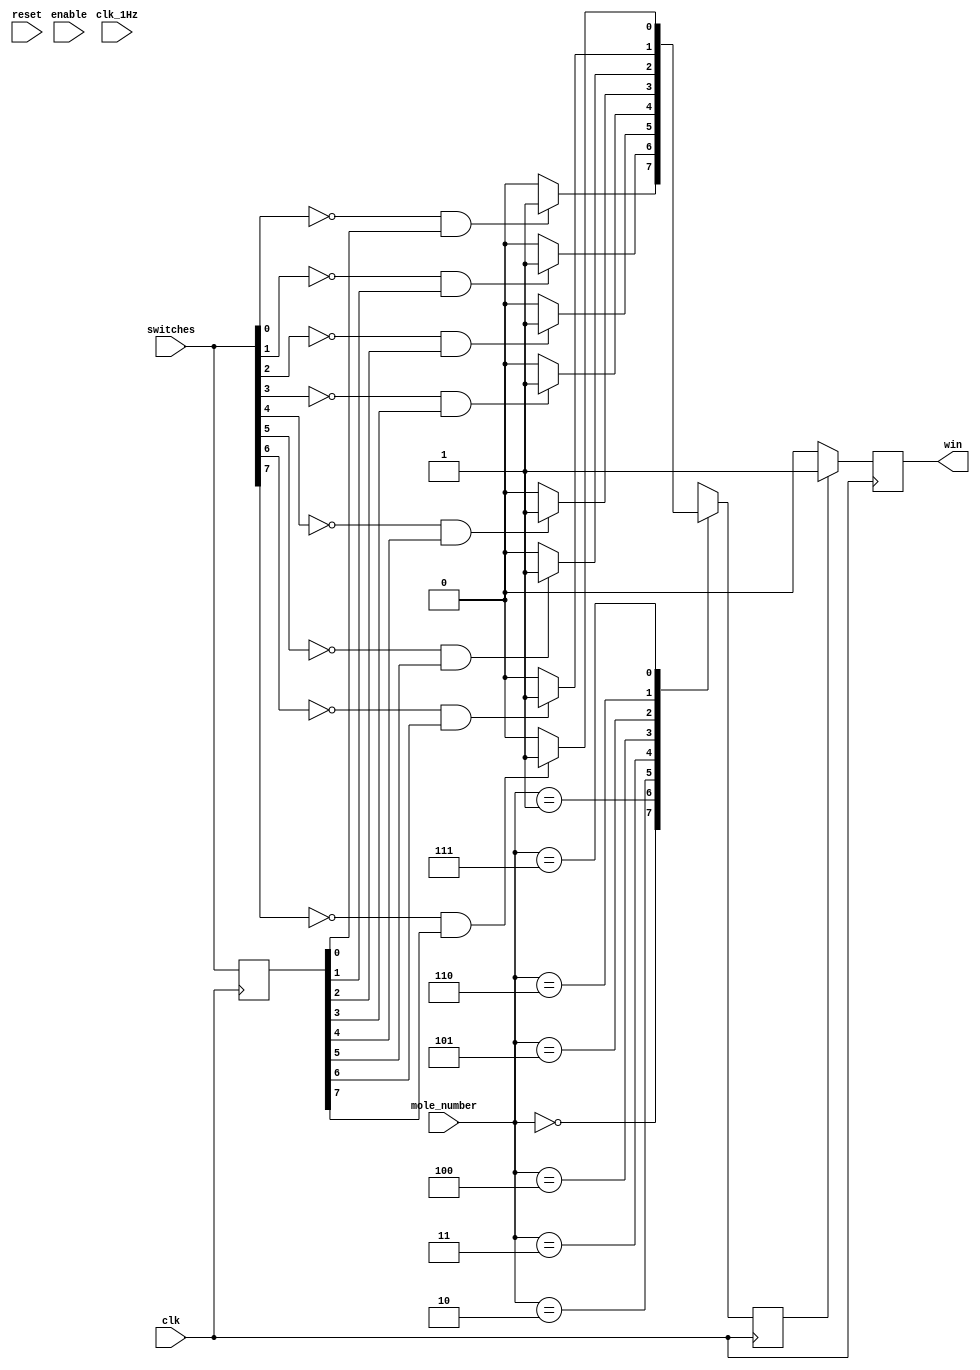
`timescale 1ns / 1ps
//////////////////////////////////////////////////////////////////////////////////
// Company: 
// Engineer: 
// 
// Design Name: 
// Module Name: mole_state
// Project Name: 
// Target Devices: 
// Tool Versions: 
// Description: 
// 
// Dependencies: 
// 
// Revision:
// Revision 0.01 - File Created
// Additional Comments:
// 
//////////////////////////////////////////////////////////////////////////////////


module check_mole_hit(
    input enable,
    input reset,
    input clk,
    input clk_1Hz,
    input [2:0] mole_number,
    input [7:0] switches,
    output reg win
    );
    
    reg [7:0] switches_delay;
    reg switchHit;
    
    always @(posedge clk) begin
        switches_delay <= switches;
        if (switchHit == 1) begin
            win <= 1;
        end else 
            win <= 0;
    end
    
    always @(posedge clk) begin
        case(mole_number)
            3'b000: switchHit = (switches[0] == 0 && switches_delay[0] == 1) ? 1 : 0;
            3'b001: switchHit = (switches[1] == 0 && switches_delay[1] == 1) ? 1 : 0;
            3'b010: switchHit = (switches[2] == 0 && switches_delay[2] == 1) ? 1 : 0;
            3'b011: switchHit = (switches[3] == 0 && switches_delay[3] == 1) ? 1 : 0;
            3'b100: switchHit = (switches[4] == 0 && switches_delay[4] == 1) ? 1 : 0;
            3'b101: switchHit = (switches[5] == 0 && switches_delay[5] == 1) ? 1 : 0;
            3'b110: switchHit = (switches[6] == 0 && switches_delay[6] == 1) ? 1 : 0;
            3'b111: switchHit = (switches[7] == 0 && switches_delay[7] == 1) ? 1 : 0;
        endcase
    end
endmodule
    
//    always @(posedge clk, posedge reset) begin
//        if (reset == 1) begin
//            win <= 0;
//            switchHit <= 0;
//        end else begin
//            if (switchHit == 1) begin
//                win <= 1;
////                switchHit <= 0;
//            end else begin
//                win <= 0;
//            end
//        end
//    end
    
//    always @(*) begin
//        case(mole_number)
//            3'b000: switchHit = (switches[0] == 1) ? 1 : 0;
//            3'b001: switchHit = (switches[1] == 1) ? 1 : 0;
//            3'b010: switchHit = (switches[2] == 1) ? 1 : 0;
//            3'b011: switchHit = (switches[3] == 1) ? 1 : 0;
//            3'b100: switchHit = (switches[4] == 1) ? 1 : 0;
//            3'b101: switchHit = (switches[5] == 1) ? 1 : 0;
//            3'b110: switchHit = (switches[6] == 1) ? 1 : 0;
//            3'b111: switchHit = (switches[7] == 1) ? 1 : 0;
//        endcase
//    end
//endmodule